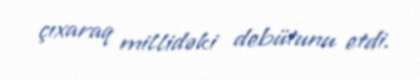
çıxaraq millidəki debütunu etdi.